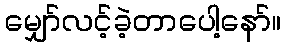
မျှော်လင့်ခဲ့တာပေါ့နော်။